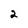
Character: 2